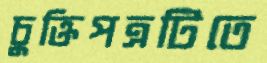
চুক্তিপত্রটিতে